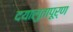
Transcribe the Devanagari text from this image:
दयालुतापूर्ण